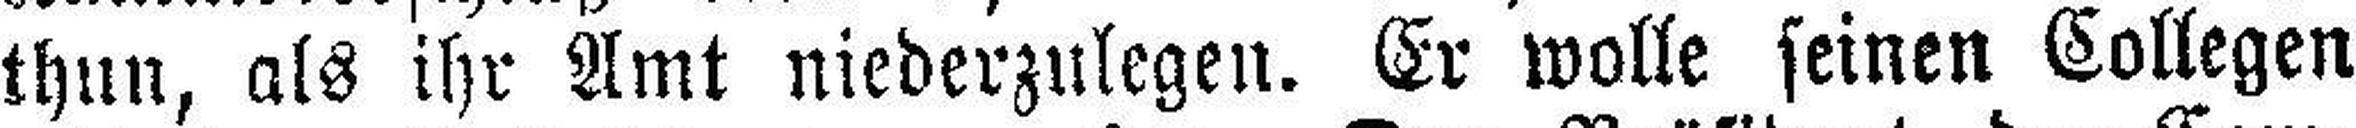
thun, als ihr Amt niederzulegen. Er wolle seinen Collegen